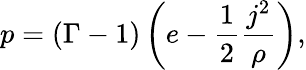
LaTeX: p=(\Gamma-1)\left(e-\frac{1}{2}\frac{j^{2}}{\rho}\right),